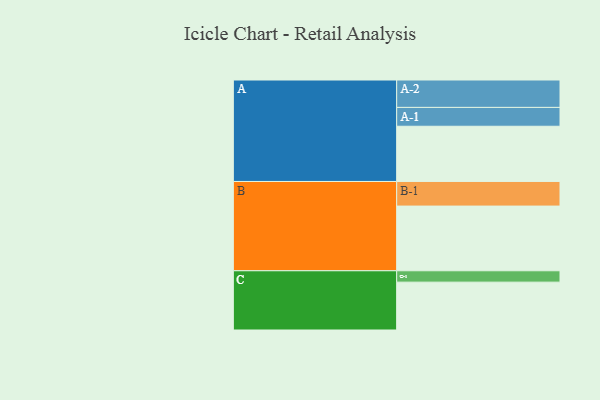
{"axis": {"x": "Segment", "y": "Value"}, "legend": ["", "A", "B", "C"], "data": [{"x": "A", "y": 413, "type": ""}, {"x": "B", "y": 484, "type": ""}, {"x": "C", "y": 358, "type": ""}, {"x": "A-1", "y": 141, "type": "A"}, {"x": "A-2", "y": 205, "type": "A"}, {"x": "B-1", "y": 184, "type": "B"}, {"x": "C-1", "y": 85, "type": "C"}]}